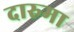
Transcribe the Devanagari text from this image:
दारुमा